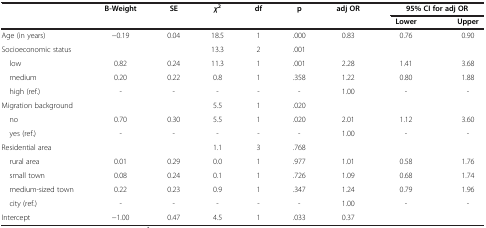
<table><thead><tr><td rowspan="2"><b> </b></td><td rowspan="2"><b>B-Weight</b></td><td rowspan="2"><b>SE</b></td><td rowspan="2"><b><i>χ</i><sup>2</sup></b></td><td rowspan="2"><b>df</b></td><td rowspan="2"><b>p</b></td><td rowspan="2"><b>adj OR</b></td><td colspan="2"><b>95% CI for adj OR</b></td></tr><tr><td><b>Lower</b></td><td><b>Upper</b></td></tr></thead><tbody><tr><td>Age (in years)</td><td>−0.19</td><td>0.04</td><td>18.5</td><td>1</td><td>.000</td><td>0.83</td><td>0.76</td><td>0.90</td></tr><tr><td>Socioeconomic status</td><td> </td><td> </td><td>13.3</td><td>2</td><td>.001</td><td> </td><td> </td><td> </td></tr><tr><td> low</td><td>0.82</td><td>0.24</td><td>11.3</td><td>1</td><td>.001</td><td>2.28</td><td>1.41</td><td>3.68</td></tr><tr><td> medium</td><td>0.20</td><td>0.22</td><td>0.8</td><td>1</td><td>.358</td><td>1.22</td><td>0.80</td><td>1.88</td></tr><tr><td> high (ref.)</td><td>-</td><td>-</td><td>-</td><td>-</td><td>-</td><td>1.00</td><td>-</td><td>-</td></tr><tr><td>Migration background</td><td> </td><td> </td><td>5.5</td><td>1</td><td>.020</td><td> </td><td> </td><td> </td></tr><tr><td> no</td><td>0.70</td><td>0.30</td><td>5.5</td><td>1</td><td>.020</td><td>2.01</td><td>1.12</td><td>3.60</td></tr><tr><td> yes (ref.)</td><td>-</td><td>-</td><td>-</td><td>-</td><td>-</td><td>1.00</td><td>-</td><td>-</td></tr><tr><td>Residential area</td><td> </td><td> </td><td>1.1</td><td>3</td><td>.768</td><td> </td><td> </td><td> </td></tr><tr><td> rural area</td><td>0.01</td><td>0.29</td><td>0.0</td><td>1</td><td>.977</td><td>1.01</td><td>0.58</td><td>1.76</td></tr><tr><td> small town</td><td>0.08</td><td>0.24</td><td>0.1</td><td>1</td><td>.726</td><td>1.09</td><td>0.68</td><td>1.74</td></tr><tr><td> medium-sized town</td><td>0.22</td><td>0.23</td><td>0.9</td><td>1</td><td>.347</td><td>1.24</td><td>0.79</td><td>1.96</td></tr><tr><td> city (ref.)</td><td>-</td><td>-</td><td>-</td><td>-</td><td>-</td><td>1.00</td><td>-</td><td>-</td></tr><tr><td>Intercept</td><td>−1.00</td><td>0.47</td><td>4.5</td><td>1</td><td>.033</td><td>0.37</td><td> </td><td> </td></tr></tbody></table>